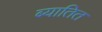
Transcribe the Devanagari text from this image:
ब्यातित